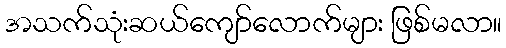
အသက်သုံးဆယ်ကျော်လောက်များ ဖြစ်မလာ။